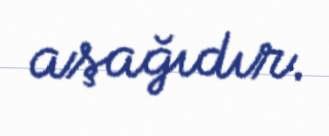
aşağıdır.